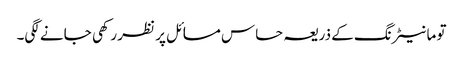
تو مانیٹرنگ کے ذریعہ حساس مسائل پر نظر رکھی جانے لگی۔